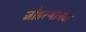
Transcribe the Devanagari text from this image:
जोडस्थानक